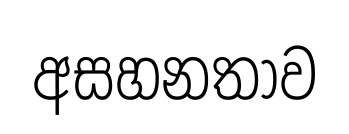
අසහනතාව